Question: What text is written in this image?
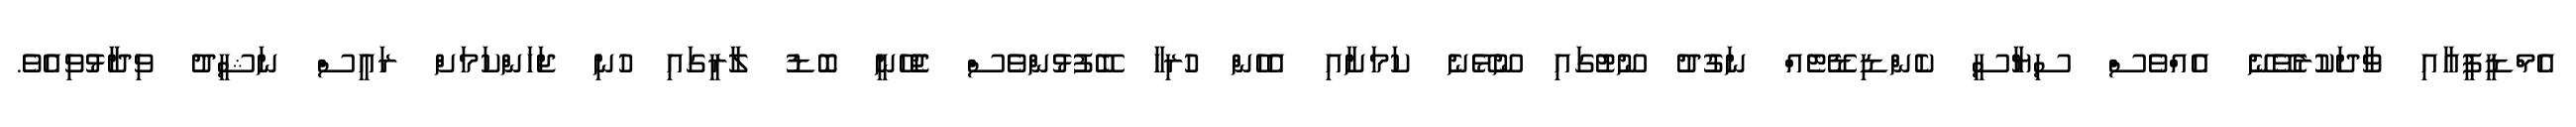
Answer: އެމްޑީޕީއާއި ވާދަކުރެވޭނޭ އެއްވެސް ސިޔާސީ ކެންޑިޑޭޓެއް ނަގުދު ނޫޓުގައި ނޫޅޭނެ ކަމަށާއި އެހެން ހުރިހާ ބޭފުޅުންވެސް ޖެހޭނީ ބޮޑު ލާރީގައި ހުނި ޖަހަންކަމަށް ރައީސް ނަޝީދު ވިދާޅުވިއެވެ.